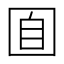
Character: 𡇝